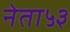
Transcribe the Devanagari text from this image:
नेता५३